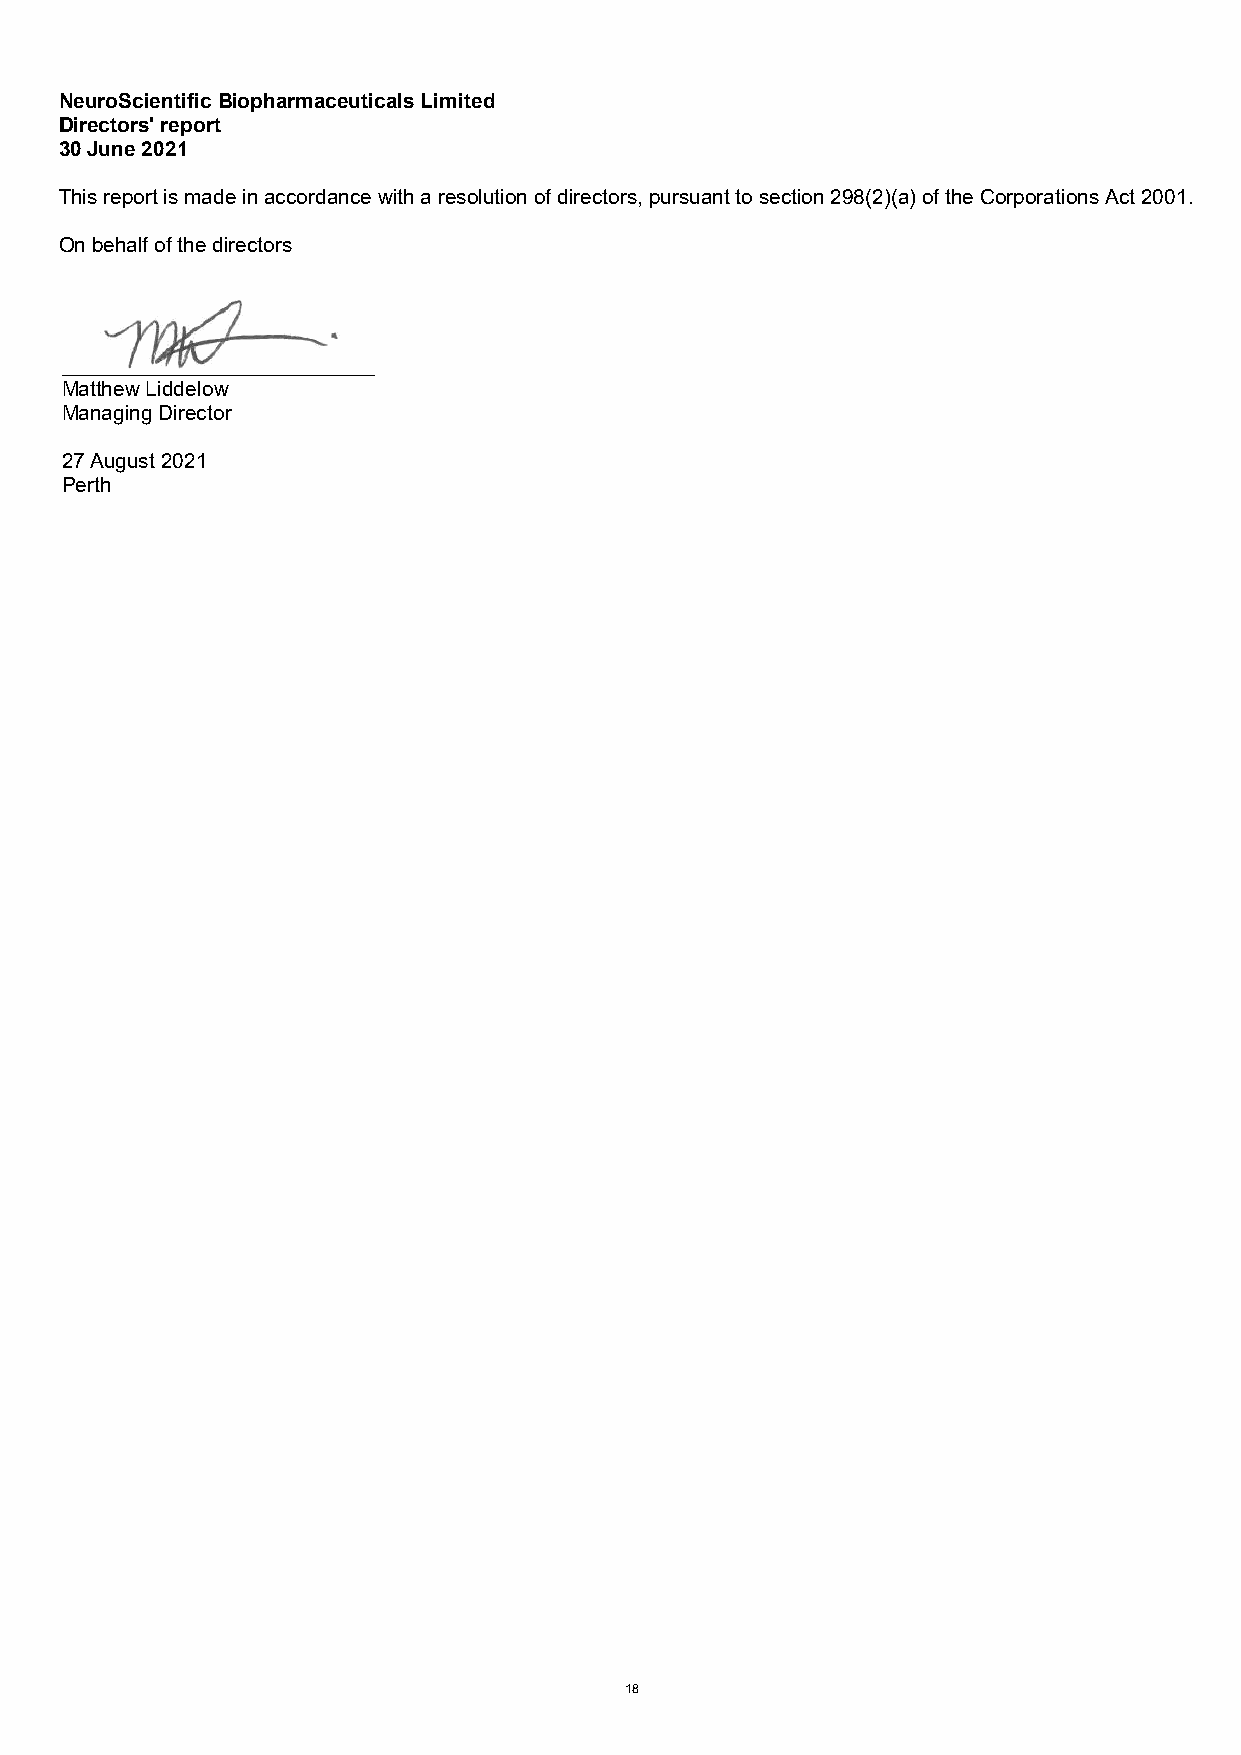
NeuroScientific Biopharmaceuticals Limited
 Directors' report
 30 June 2021
 This report is made in accordance with a resolution of directors, pursuant to section 298(2)(a) of the Corporations Act 2001.
 On behalf of the directors
 ___________________________
 Matthew Liddelow
 Managing Director
 27 August 2021
 Perth
 18